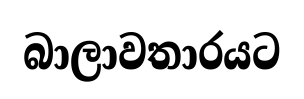
බාලාවතාරයට